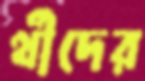
র্থীদের